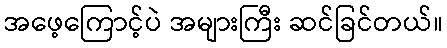
အဖေ့ကြောင့်ပဲ အများကြီး ဆင်ခြင်တယ်။